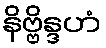
နိဗ္ဗိန္ဒဟံ